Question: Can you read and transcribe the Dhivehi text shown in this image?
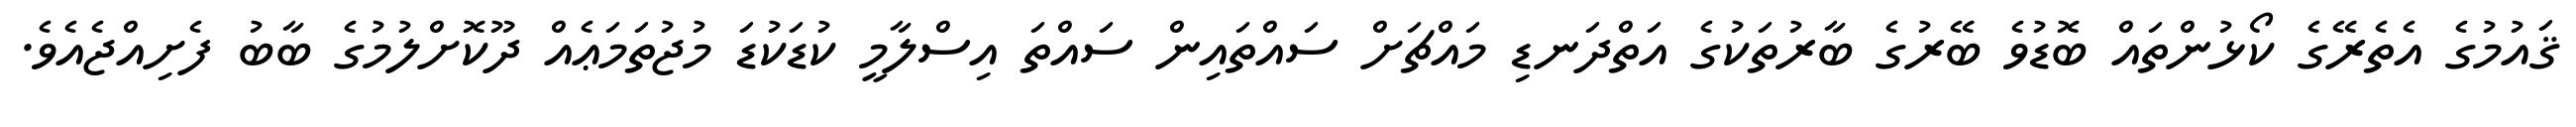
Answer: ޤައުމުގެ އެތެރޭގެ ކޯޅުންތައް ބޮޑުވެ ބޭރުގެ ބާރުތަކުގެ އަތްދަނޑި މައްޗަށް ސައްތައިން ސައްތަ އިސްލާމީ ކުޑަކުޑަ މުޖުތަމަޢެއް ދޫކޮށްލުމުގެ ބާބު ފެށިއްޖެއެވެ.